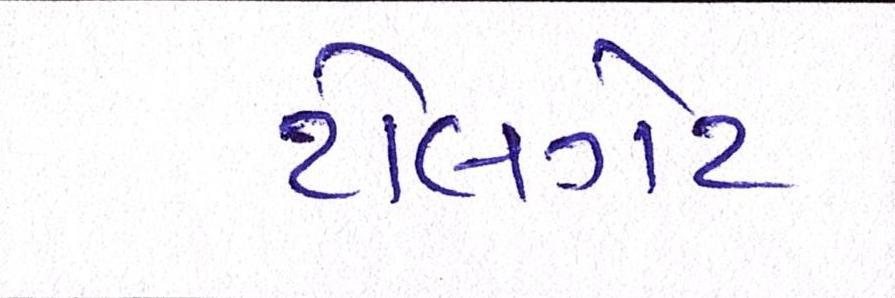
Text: ટોલગેટ